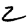
Digit: 2